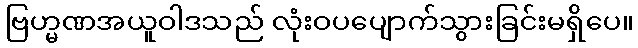
ဗြဟ္မဏအယူဝါဒသည် လုံးဝပပျောက်သွားခြင်းမရှိပေ။